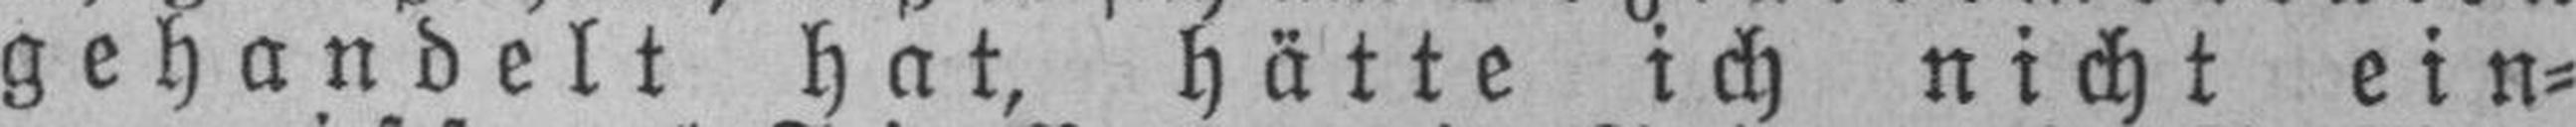
gehandelt hat, hätte ich nicht ein¬